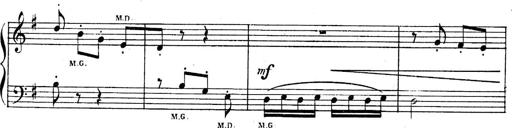
Title: Sonatines
Composer: Hedwige ChrÃ©tien